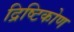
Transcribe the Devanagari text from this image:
द्रिष्टिकोण